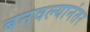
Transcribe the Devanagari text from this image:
बनवल्यानंतर